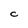
Character: C